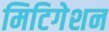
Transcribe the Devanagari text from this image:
मिटिगेशन